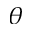
\theta